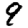
Digit: 9